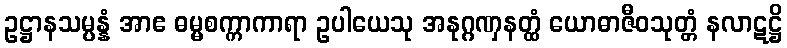
ဥဋ္ဌာနသမ္ပန္နံ အာဧ ဓမ္မစက္ကာကာရာ ဥပါယေသု အနုဂ္ဂဏှနတ္ထံ ယောဓာဇီဝသုတ္တံ နလာဋဋ္ဌိ